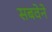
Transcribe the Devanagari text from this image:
सबवेने